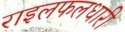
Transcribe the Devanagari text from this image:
राइलफलधारी